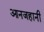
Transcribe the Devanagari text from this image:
आनजहानी